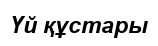
Үй құстары